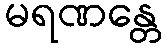
မရဏန္တေ